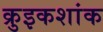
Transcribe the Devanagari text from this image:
क्रुइकशांक